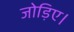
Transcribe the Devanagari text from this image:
जोड़िए।